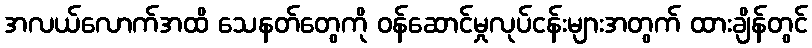
အလယ်လောက်အထိ သေနတ်တွေကို ဝန်ဆောင်မှုလုပ်ငန်းများအတွက် ထားချိန်တွင်